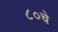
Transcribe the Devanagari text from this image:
८०चे